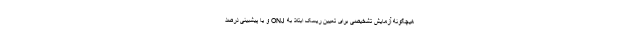
هیچگونه آزمایش تشخیصی برای تعیین ریسک ابتلا به ONJ و یا پیشبینی درصد